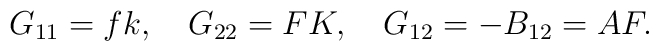
G_{11}=fk,  \ \ \ G_{22}=FK, \ \ \  G_{12}=-B_{12}= AF.